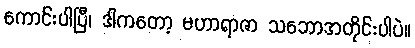
ကောင်းပါပြီ၊ ဒါကတော့ မဟာရာဇာ သဘောအတိုင်းပါပဲ။